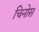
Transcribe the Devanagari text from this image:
चिनोस